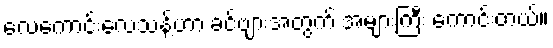
လေကောင်းလေသန့်ဟာ ခင်ဗျားအတွက် အများကြီး ကောင်းတယ်။